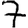
Digit: 7